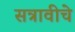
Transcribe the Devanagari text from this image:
सत्रावीचे